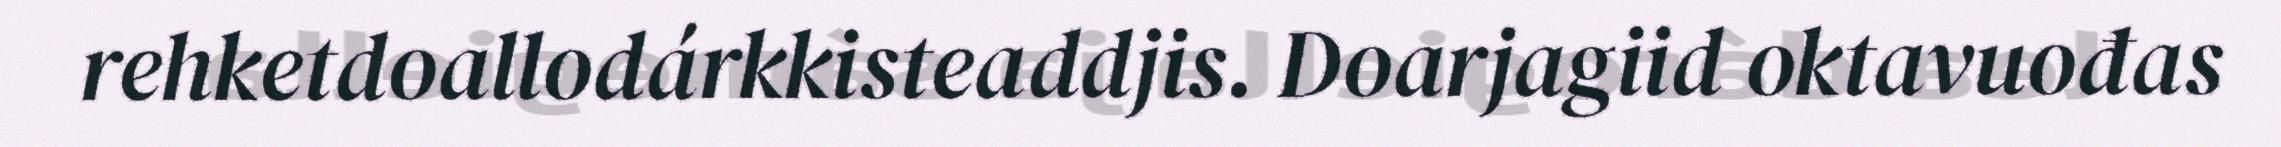
rehketdoallodárkkisteaddjis. Doarjagiid oktavuođas